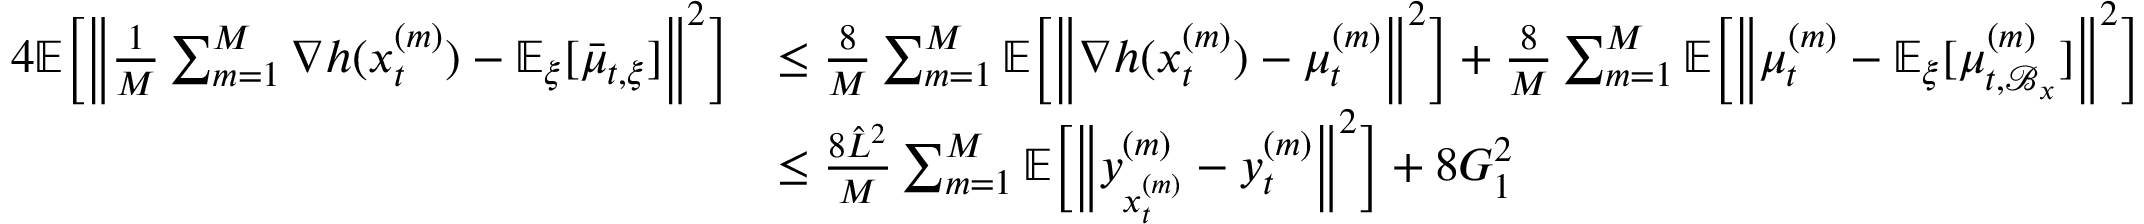
\begin{array} { r l } { 4 \mathbb { E } \bigg [ \bigg \| \frac { 1 } { M } \sum _ { m = 1 } ^ { M } \nabla h ( x _ { t } ^ { ( m ) } ) - \mathbb { E } _ { \xi } [ \bar { \mu } _ { t , \xi } ] \bigg \| ^ { 2 } \bigg ] } & { \leq \frac { 8 } { M } \sum _ { m = 1 } ^ { M } \mathbb { E } \bigg [ \bigg \| \nabla h ( x _ { t } ^ { ( m ) } ) - \mu _ { t } ^ { ( m ) } \bigg \| ^ { 2 } \bigg ] + \frac { 8 } { M } \sum _ { m = 1 } ^ { M } \mathbb { E } \bigg [ \bigg \| \mu _ { t } ^ { ( m ) } - \mathbb { E } _ { \xi } [ \mu _ { t , \mathcal { B } _ { x } } ^ { ( m ) } ] \bigg \| ^ { 2 } \bigg ] } \\ & { \leq \frac { 8 \hat { L } ^ { 2 } } { M } \sum _ { m = 1 } ^ { M } \mathbb { E } \bigg [ \bigg \| y _ { x _ { t } ^ { ( m ) } } ^ { ( m ) } - y _ { t } ^ { ( m ) } \bigg \| ^ { 2 } \bigg ] + 8 G _ { 1 } ^ { 2 } } \end{array}